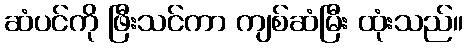
ဆံပင်ကို ဖြီးသင်ကာ ကျစ်ဆံမြီး ထုံးသည်။